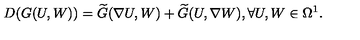
D ( G ( U , W ) ) = \widetilde { G } ( \nabla U , W ) + \widetilde { G } ( U , \nabla W ) , \forall U , W \in \Omega ^ { 1 } .